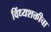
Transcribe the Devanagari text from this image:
विंध्यशक्तीचा